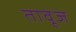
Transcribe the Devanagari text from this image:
तावूज